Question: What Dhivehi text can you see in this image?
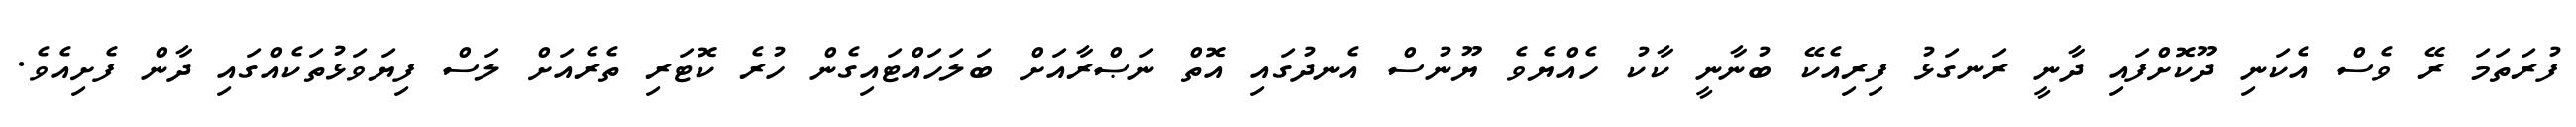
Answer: ފުރަތަމަ ރޭ ވެސް އެކަނި ދޫކޮށްފައި ދާނީ ރަނގަޅު ފިރިއެކޭ ބުނާނީ ކާކު ހެއްޔެވެ ޔޫނުސް އެނދުގައި އޮތް ނަޞްރާއަށް ބަލަހައްޓައިގެން ހުރެ ކޮޓަރި ތެރެއަށް ލަސް ފިޔަވަޅުތަކެއްގައި ދާން ފެށިއެވެ.